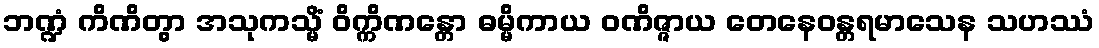
ဘဏ္ဍံ ကိဏိတွာ အသုကသ္မိံ ဝိက္ကိဏန္တော ဓမ္မိကာယ ဝဏိဇ္ဇာယ တေနေဝန္တရမာသေန သဟဿံ